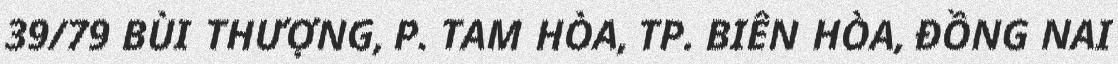
39/79 BÙI THƯỢNG, P. TAM HÒA, TP. BIÊN HÒA, ĐỒNG NAI